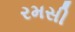
રમસી